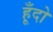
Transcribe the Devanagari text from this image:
हूँदो